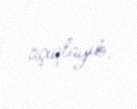
açıqlayıb.